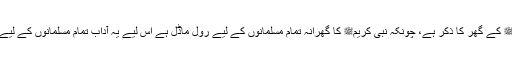
یہاں خصوصی طور پر حضورﷺ کے گھر کا ذکر ہے، چونکہ نبی کریمﷺ کا گھرانہ تمام مسلمانوں کے لیے رول ماڈل ہے اس لیے یہ آداب تمام مسلمانوں کے لیے موجودہ دور کے لیے بھی ہیں۔